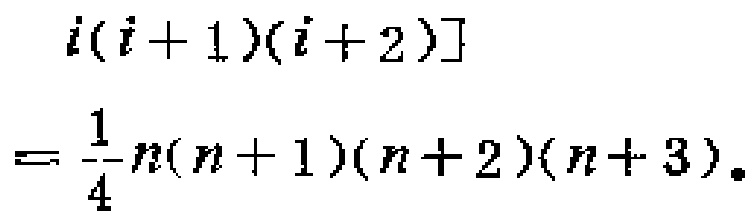
\[
i(i + 1)(i + 2)]
= \frac{1}{4}n(n + 1)(n + 2)(n + 3).
\]